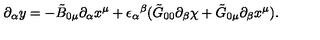
\partial _ { \alpha } y = - \tilde { B } _ { 0 \mu } \partial _ { \alpha } x ^ { \mu } + { \epsilon _ { \alpha } } ^ { \beta } ( \tilde { G } _ { 0 0 } \partial _ { \beta } \chi + \tilde { G } _ { 0 \mu } \partial _ { \beta } x ^ { \mu } ) .